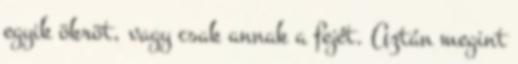
egyik ökröt, vagy csak annak a fejét. Aztán megint